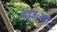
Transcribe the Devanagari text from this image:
सद्‌वस्तू